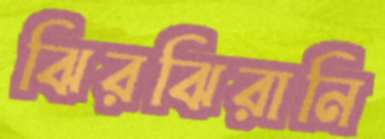
ঝিরঝিরানি